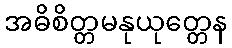
အဓိစိတ္တမနုယုတ္တေန